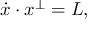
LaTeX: { \dot { x } } \cdot x ^ { \perp } = L ,